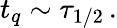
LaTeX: t_{q}\sim\tau_{1/2}\, .